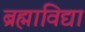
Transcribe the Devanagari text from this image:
ब्रह्माविद्या